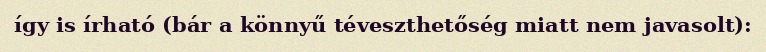
így is írható (bár a könnyű téveszthetőség miatt nem javasolt):